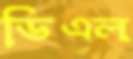
ডিএল